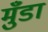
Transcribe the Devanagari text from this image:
मुँडा